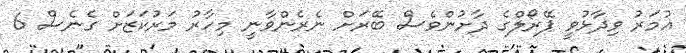
އުމަރު ވިދާޅުވީ ޕޭރޯލްގެ ދާށުންވެސް ބޭރަށް ނެރެންވާނީ މިހާރު މަރުކަޒަށް ގެނެސް 6